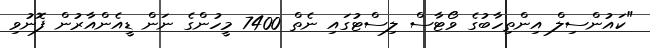
"ކައުންސިލް އިންތިހާބުގެ ވޯޓާސް ލިސްޓުގައި ނެތް 7400 މީހުންގެ ނަން ޑީއެންއާރުން ފޮނުވި